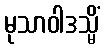
မုသာဝါဒသ္မိံ